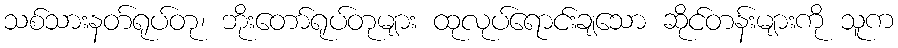
သစ်သားနတ်ရုပ်တု၊ ဘိုးတော်ရုပ်တုများ ထုလုပ်ရောင်းချသော ဆိုင်တန်းများကို သူက